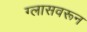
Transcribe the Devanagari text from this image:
ग्लासवरून